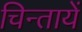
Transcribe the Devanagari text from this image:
चिन्तायें